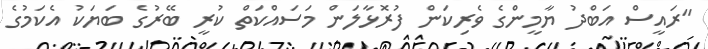
"ރައީސް އަބްދު ޔާމީންގެ ވެރިކަން ފުރޮޅާލަން މަސައްކަތް ކުރީ ބޭރުގެ ބަޔަކު އެކަމުގެ